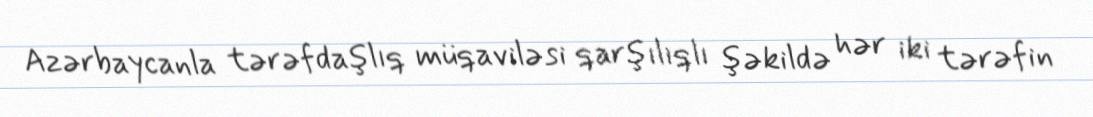
Azərbaycanla tərəfdaşlıq müqaviləsi qarşılıqlı şəkildə hər iki tərəfin